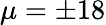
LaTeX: \mu=\pm 18